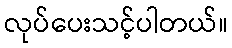
လုပ်ပေးသင့်ပါတယ်။